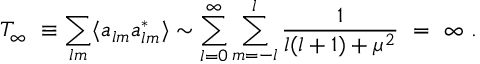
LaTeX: T _ { \infty } \ \equiv \sum _ { l m } \langle a _ { l m } a _ { l m } ^ { * } \rangle \sim \sum _ { l = 0 } ^ { \infty } \sum _ { m = - l } ^ { l } \frac { 1 } { l ( l + 1 ) + \mu ^ { 2 } } \ = \ \infty \ .